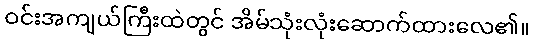
ဝင်းအကျယ်ကြီးထဲတွင် အိမ်သုံးလုံးဆောက်ထားလေ၏။